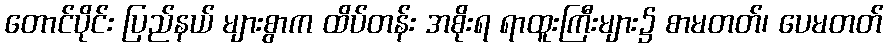
တောင်ပိုင်း ပြည်နယ် များစွာက ထိပ်တန်း အစိုးရ ရာထူးကြီးများ၌ စာမတတ်၊ ပေမတတ်